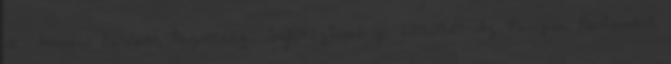
át. Forrás: Európai Bizottság, Sajtóközlemény, 2015.09.09 Az Európai Parlament